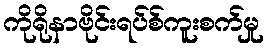
ကိုရိုနာဗိုင်းရပ်စ်ကူးစက်မှု